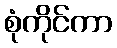
စုံကိုင်ကာ